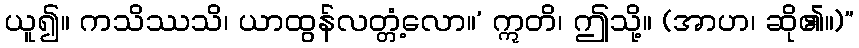
ယူ၍။ ကသိဿသိ၊ ယာထွန်လတ္တံ့လော။’ ဣတိ၊ ဤသို့။ (အာဟ၊ ဆို၏။)”